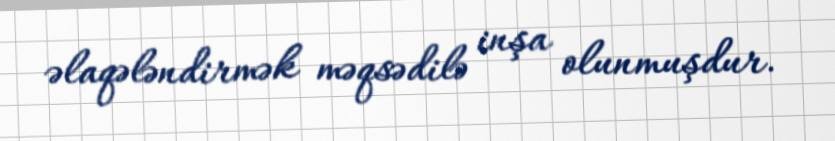
əlaqələndirmək məqsədilə inşa olunmuşdur.